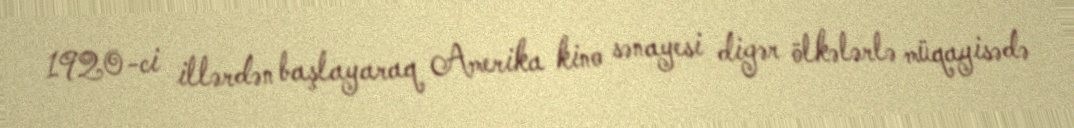
1920-ci illərdən başlayaraq Amerika kino sənayesi digər ölkələrlə müqayisədə